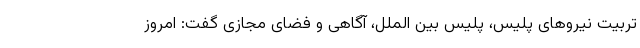
تربیت نیروهای پلیس، پلیس بین الملل، آگاهی و فضای مجازی گفت: امروز